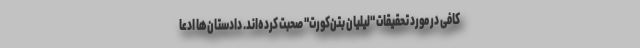
کافی در مورد تحقیقات "لیلیان بتن‌کورت" صحبت کرده‌اند. دادستان‌ها ادعا